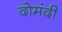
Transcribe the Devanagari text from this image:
दोमंदी